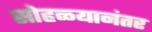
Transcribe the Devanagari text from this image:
सोहळ्यानंतर